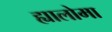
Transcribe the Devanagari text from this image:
ह्यालोमा